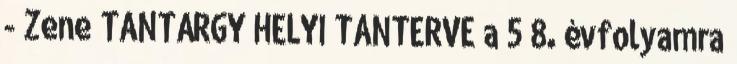
- Zene TANTÁRGY HELYI TANTERVE a 5 8. évfolyamra